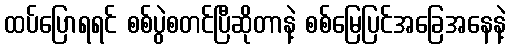
ထပ်ပြောရရင် စစ်ပွဲစတင်ပြီဆိုတာနဲ့ စစ်မြေပြင်အခြေအနေနဲ့